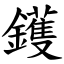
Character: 鑊